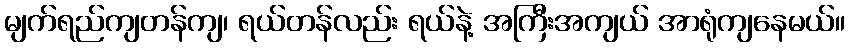
မျက်ရည်ကျတန်ကျ၊ ရယ်တန်လည်း ရယ်နဲ့ အကြီးအကျယ် အာရုံကျနေမယ်။